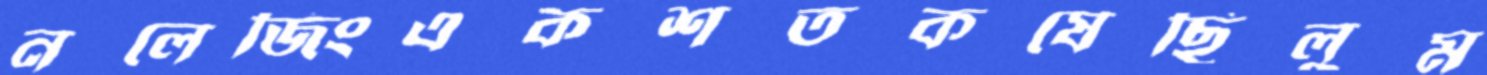
নলেজিংএকশতকষেছিলুম